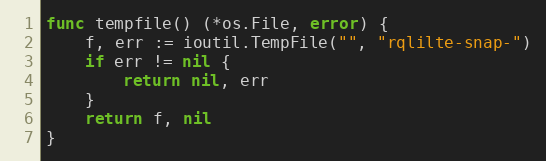
Language: Go
func tempfile() (*os.File, error) {
	f, err := ioutil.TempFile("", "rqlilte-snap-")
	if err != nil {
		return nil, err
	}
	return f, nil
}